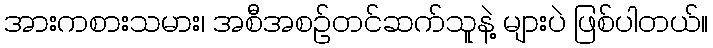
အားကစားသမား၊ အစီအစဉ်တင်ဆက်သူနဲ့ များပဲ ဖြစ်ပါတယ်။